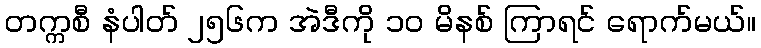
တက္ကစီ နံပါတ် ၂၅၆က အဲဒီကို ၁၀ မိနစ် ကြာရင် ရောက်မယ်။